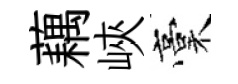
藕峽稾